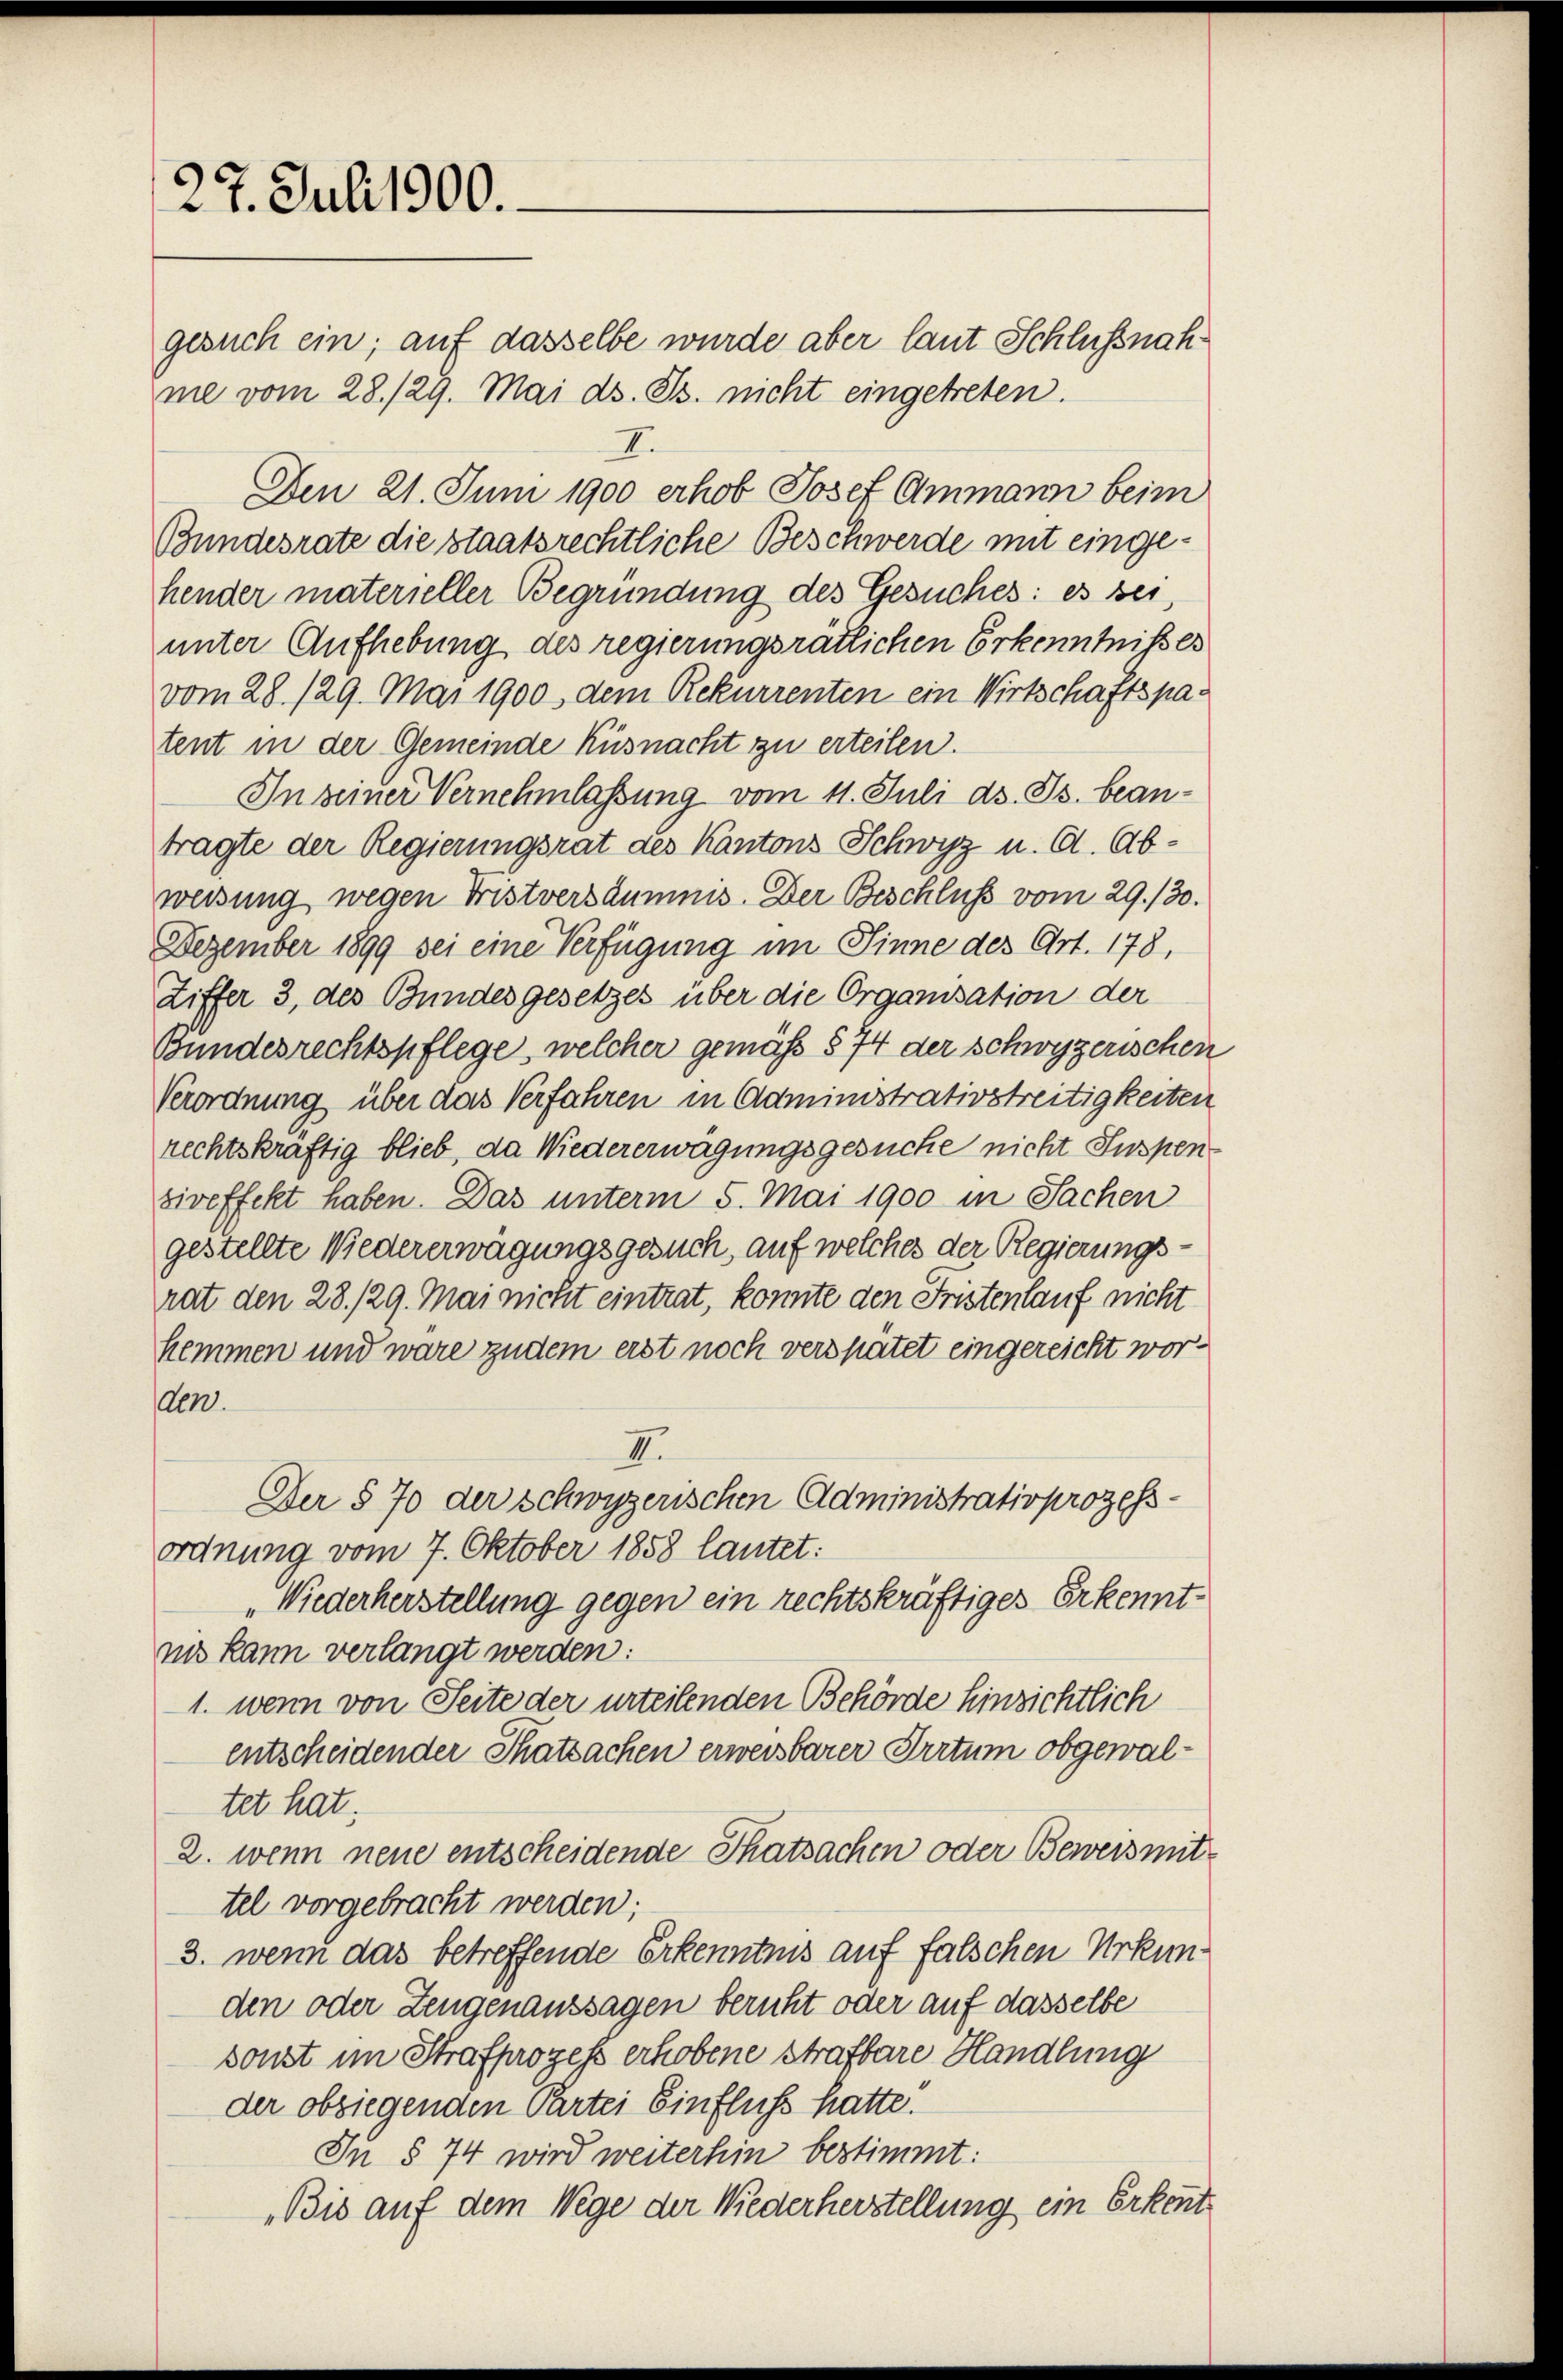
27. Juli 1900.

gesuch ein; auf dasselbe wurde aber laut Schlußnahme vom 28./29. Mai d. Js. nicht eingetreten.
E.
Den 21. Juni 1900 erhob Josef Ammann beim
Bundesrate die staatsrechtliche Beschwerde mit eingehender materieller Begründung des Gesuches: es sei,
unter Aufhebung des regierungsrätlichen Erkenntnißes
vom 28. 129. Mai 1900, dem Rekurrenten ein Wirtschaftspatent in der Gemeinde Küsnacht zu erteilen.
In seiner Vernehmlassung vom 11. Juli d. Js. beantragte der Regierungsrat des Kantons Schwyz u. Ct. Abweisung wegen Fristversäumnis. Der Beschluss vom 29./30.
Dezember 1899 sei eine Verfügung im Sinne des Art. 178,
Liffer 3, des Bundesgesetzes über die Organisation der
Bundesrechtspflege, welcher gemäß § 74 der schwyzerischen
Verordnung über das Verfahren in Administrativstreitigkeiten
rechtskräftig blieb, da Wiedererwägungsgesuche nicht Suspen
ziveffekt haben. Das unterm 5. Mai 1900 in Sachen
gestellte Wiedererwägungsgesuch, auf welches der Regierungsrat den 28./29. Mai nicht eintrat, konnte den Fristenlauf nicht
hemmen und wäre zudem erst noch verspätet eingereicht worden.
II.
Der § 70 der Schwyzerischen Administrativprozess-
ordnung vom 7. Oktober 1858 lautet:
Wiederherstellung gegen ein rechtskräftiges Erkenntnis kann verlangt werden:
1. wenn von Seite der urteilenden Behörde hinsichtlich
entscheidender Thatsachen erweisbarer Irrtum obgewaltet hat.
2. wenn neue entscheidende Thatsachen oder Beweismit
tel vorgebracht werden;
3. wenn das betreffende Erkenntnis auf falschen Urkunden oder Zeugenaussagen beruht oder auf dasselbe
sonst im Strafprozess erhobene Strafbare Handlung
der obsiegenden Partei Einfluß hatte.
In § 74 wird weiterhin bestimmt:
Bis auf dem Wege der Wiederherstellung ein Erkennt